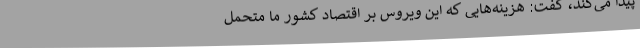
پیدا می‌کند، گفت: هزینه‌هایی که این ویروس بر اقتصاد کشور ما متحمل